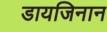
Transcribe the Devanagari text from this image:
डायजिनान